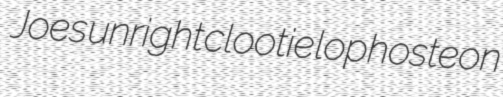
Joes unright clootie lophosteon